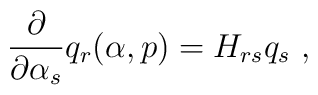
{\partial \over\partial \alpha _{s}}q_{r}(\alpha ,p)=H_{rs}q_{s}\ ,